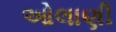
ઓલાણી